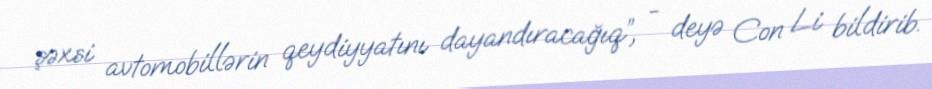
şəxsi avtomobillərin qeydiyyatını dayandıracağıq”, - deyə Con Li bildirib.